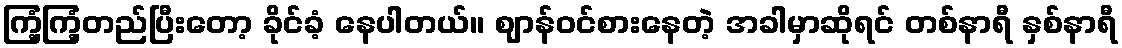
ကြံ့ကြံ့တည်ပြီးတော့ ခိုင်ခံ့ နေပါတယ်။ ဈာန်ဝင်စားနေတဲ့ အခါမှာဆိုရင် တစ်နာရီ နှစ်နာရီ